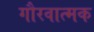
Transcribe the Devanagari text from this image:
गौरवात्मक